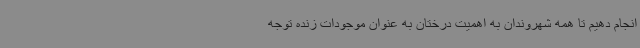
انجام دهیم تا همه شهروندان به اهمیت درختان به عنوان موجودات زنده توجه